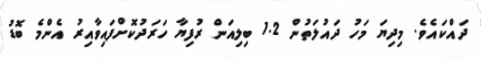
ދައްކައެވެ. މިދިޔަ މަހު ދައުލަތުން 1.2 ބިލިއަން ރުފިޔާ ހަރަދުކޮށްފައިވާއިރު އެންމެ ބޮޑު